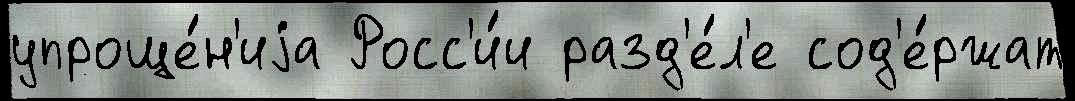
упроще́н'иjа Росс'и́и разд'е́л'е сод'е́ржат